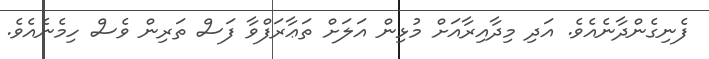
ފެނިގެންދާނެއެވެ. އަދި މިދާއިރާއަށް މުޅިން އަލަށް ތަޢާރަފްވާ ފަސް ތަރިން ވެސް ހިމެނެއެވެ.